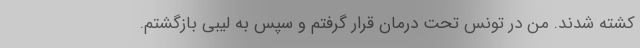
کشته شدند. من در تونس تحت درمان قرار گرفتم و سپس به لیبی بازگشتم.